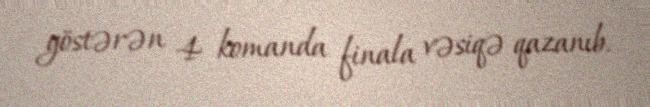
göstərən 4 komanda finala vəsiqə qazanıb.